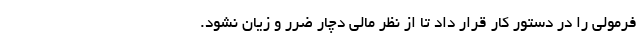
فرمولی را در دستور کار قرار داد تا از نظر مالی دچار ضرر و زیان نشود.